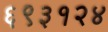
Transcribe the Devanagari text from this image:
६९३१२४